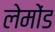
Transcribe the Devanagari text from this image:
लेमोंड